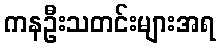
ကနဦးသတင်းများအရ